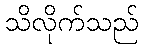
သိလိုက်သည်